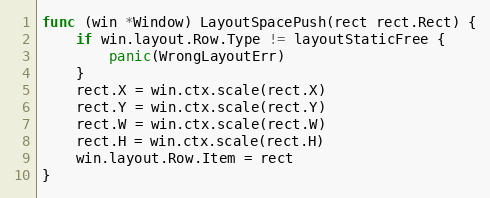
Language: Go
func (win *Window) LayoutSpacePush(rect rect.Rect) {
	if win.layout.Row.Type != layoutStaticFree {
		panic(WrongLayoutErr)
	}
	rect.X = win.ctx.scale(rect.X)
	rect.Y = win.ctx.scale(rect.Y)
	rect.W = win.ctx.scale(rect.W)
	rect.H = win.ctx.scale(rect.H)
	win.layout.Row.Item = rect
}